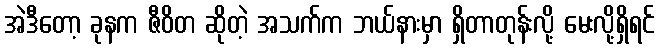
အဲဒီတော့ ခုနက ဇီဝိတ ဆိုတဲ့ အသက်က ဘယ်နားမှာ ရှိတာတုန်းလို့ မေးလို့ရှိရင်